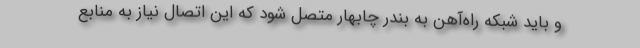
و باید شبکه راه‌آهن به بندر چابهار متصل شود که این اتصال نیاز به منابع